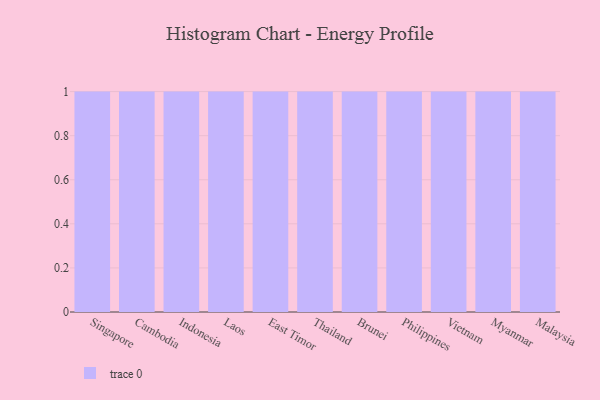
{"axis": {"x": "Country", "y": "Demand Index"}, "legend": [""], "data": [{"x": "Singapore", "y": 12, "type": ""}, {"x": "Cambodia", "y": 22, "type": ""}, {"x": "Indonesia", "y": 88, "type": ""}, {"x": "Laos", "y": 72, "type": ""}, {"x": "East Timor", "y": 38, "type": ""}, {"x": "Thailand", "y": 20, "type": ""}, {"x": "Brunei", "y": 97, "type": ""}, {"x": "Philippines", "y": 9, "type": ""}, {"x": "Vietnam", "y": 84, "type": ""}, {"x": "Myanmar", "y": 18, "type": ""}, {"x": "Malaysia", "y": 42, "type": ""}]}